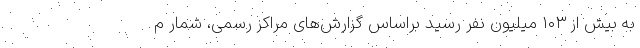
به بیش از ۱۰۳ میلیون نفر رسید براساس گزارش‌های مراکز رسمی، شمار م